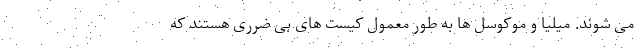
می شوند. میلیا و موکوسل ها به طور معمول کیست های بی ضرری هستند که